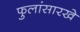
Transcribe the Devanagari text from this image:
फुलांसारखे